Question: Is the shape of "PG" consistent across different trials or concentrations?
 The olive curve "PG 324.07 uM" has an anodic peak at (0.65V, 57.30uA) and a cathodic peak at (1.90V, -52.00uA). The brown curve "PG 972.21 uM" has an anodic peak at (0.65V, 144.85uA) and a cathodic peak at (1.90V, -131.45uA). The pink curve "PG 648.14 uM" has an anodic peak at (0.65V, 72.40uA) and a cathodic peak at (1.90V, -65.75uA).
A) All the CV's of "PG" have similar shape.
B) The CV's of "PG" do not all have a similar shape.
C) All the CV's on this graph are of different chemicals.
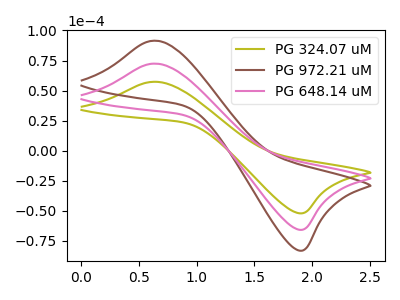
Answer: <think>All the peaks in "PG 324.07 uM" have a peak in "PG 972.21 uM" at the same potential. Every peak in "PG 324.07 uM" is lower than every peak in "PG 972.21 uM". All the peaks in "PG 324.07 uM" have a peak in "PG 648.14 uM" at the same potential. Every peak in "PG 324.07 uM" is lower than every peak in "PG 648.14 uM". All the peaks in "PG 972.21 uM" have a peak in "PG 648.14 uM" at the same potential. Every peak in "PG 972.21 uM" is higher than every peak in "PG 648.14 uM".
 </think>
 <answer>A) All the CV's of "PG" have similar shape.</answer>
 <eval>A</eval>